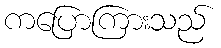
ကပြောကြားသည်